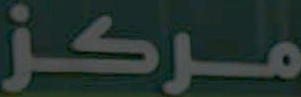
مركز